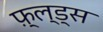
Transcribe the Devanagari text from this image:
फ़्ल्ड्स